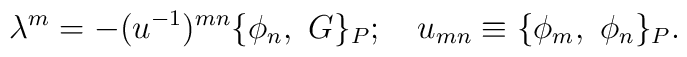
\lambda^m = - (u^{-1})^{mn} \{ \phi_n, \ G \}_P; \ \ \  u_{mn} \equiv \{ \phi_m, \ \phi_n \}_P.